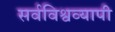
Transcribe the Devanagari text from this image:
सर्वविश्वव्यापी